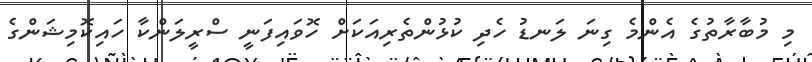
މި މުބާރާތުގެ އެންމެ ގިނަ ލަނޑު ހެދި ކުޅުންތެރިއަކަށް ހޮވައިފަނީ ސްރީލަންކާ ހައިކޮމިޝަންގެ